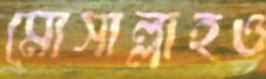
মোসাল্লাহও